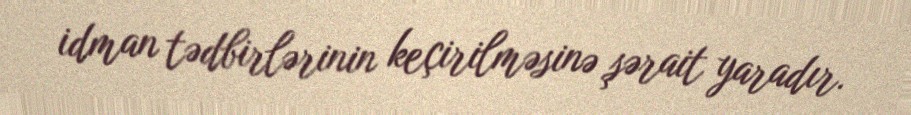
idman tədbirlərinin keçirilməsinə şərait yaradır.